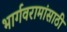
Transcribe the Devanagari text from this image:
भार्गवरामांसाठी